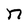
Character: n